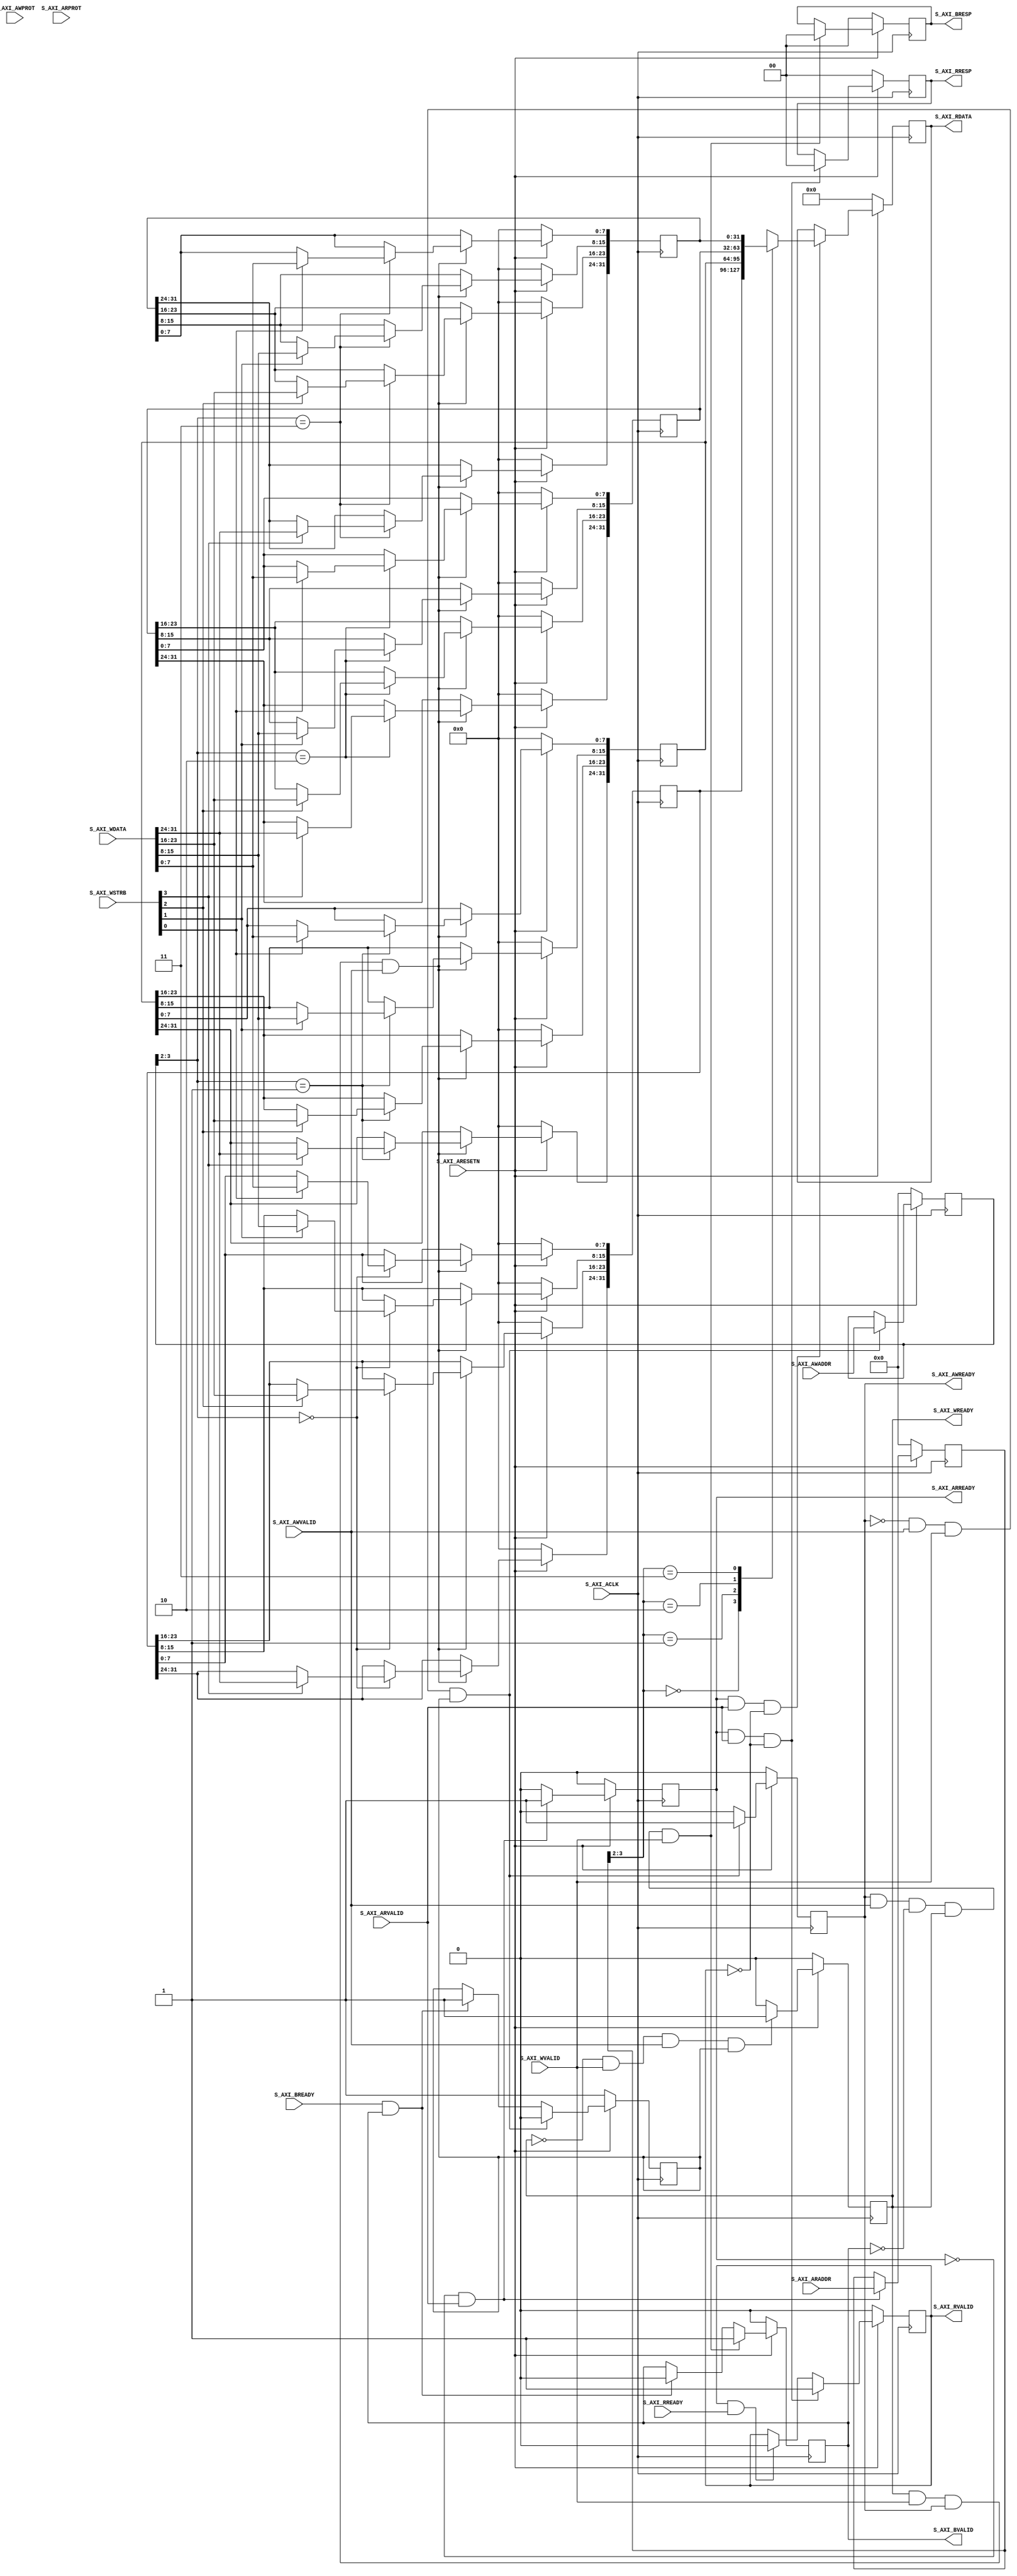
// This program was cloned from: https://github.com/whutddk/RiftCore
// License: Apache License 2.0

/*
* @File name: axi4_lite_slave
* @Author: Ruige Lee
* @Email: wut.ruigeli@gmail.com
* @Date:   2020-11-24 11:52:09
* @Last Modified by:   Ruige Lee
* @Last Modified time: 2020-11-24 11:52:32
*/


`timescale 1 ns / 1 ps

module axi4_lite_slave #
	(
		// Users to add parameters here

		// User parameters ends
		// Do not modify the parameters beyond this line

		// Width of S_AXI data bus
		parameter integer C_S_AXI_DATA_WIDTH	= 32,
		// Width of S_AXI address bus
		parameter integer C_S_AXI_ADDR_WIDTH	= 4
	)
	(
		// Users to add ports here

		// User ports ends
		// Do not modify the ports beyond this line

		// Global Clock Signal
		input wire  S_AXI_ACLK,
		// Global Reset Signal. This Signal is Active LOW
		input wire  S_AXI_ARESETN,
		// Write address (issued by master, acceped by Slave)
		input wire [C_S_AXI_ADDR_WIDTH-1 : 0] S_AXI_AWADDR,
		// Write channel Protection type. This signal indicates the
			// privilege and security level of the transaction, and whether
			// the transaction is a data access or an instruction access.
		input wire [2 : 0] S_AXI_AWPROT,
		// Write address valid. This signal indicates that the master signaling
			// valid write address and control information.
		input wire  S_AXI_AWVALID,
		// Write address ready. This signal indicates that the slave is ready
			// to accept an address and associated control signals.
		output wire  S_AXI_AWREADY,
		// Write data (issued by master, acceped by Slave) 
		input wire [C_S_AXI_DATA_WIDTH-1 : 0] S_AXI_WDATA,
		// Write strobes. This signal indicates which byte lanes hold
			// valid data. There is one write strobe bit for each eight
			// bits of the write data bus.    
		input wire [(C_S_AXI_DATA_WIDTH/8)-1 : 0] S_AXI_WSTRB,
		// Write valid. This signal indicates that valid write
			// data and strobes are available.
		input wire  S_AXI_WVALID,
		// Write ready. This signal indicates that the slave
			// can accept the write data.
		output wire  S_AXI_WREADY,
		// Write response. This signal indicates the status
			// of the write transaction.
		output wire [1 : 0] S_AXI_BRESP,
		// Write response valid. This signal indicates that the channel
			// is signaling a valid write response.
		output wire  S_AXI_BVALID,
		// Response ready. This signal indicates that the master
			// can accept a write response.
		input wire  S_AXI_BREADY,
		// Read address (issued by master, acceped by Slave)
		input wire [C_S_AXI_ADDR_WIDTH-1 : 0] S_AXI_ARADDR,
		// Protection type. This signal indicates the privilege
			// and security level of the transaction, and whether the
			// transaction is a data access or an instruction access.
		input wire [2 : 0] S_AXI_ARPROT,
		// Read address valid. This signal indicates that the channel
			// is signaling valid read address and control information.
		input wire  S_AXI_ARVALID,
		// Read address ready. This signal indicates that the slave is
			// ready to accept an address and associated control signals.
		output wire  S_AXI_ARREADY,
		// Read data (issued by slave)
		output wire [C_S_AXI_DATA_WIDTH-1 : 0] S_AXI_RDATA,
		// Read response. This signal indicates the status of the
			// read transfer.
		output wire [1 : 0] S_AXI_RRESP,
		// Read valid. This signal indicates that the channel is
			// signaling the required read data.
		output wire  S_AXI_RVALID,
		// Read ready. This signal indicates that the master can
			// accept the read data and response information.
		input wire  S_AXI_RREADY
	);

	// AXI4LITE signals
	reg [C_S_AXI_ADDR_WIDTH-1 : 0] 	axi_awaddr;
	reg  	axi_awready;
	reg  	axi_wready;
	reg [1 : 0] 	axi_bresp;
	reg  	axi_bvalid;
	reg [C_S_AXI_ADDR_WIDTH-1 : 0] 	axi_araddr;
	reg  	axi_arready;
	reg [C_S_AXI_DATA_WIDTH-1 : 0] 	axi_rdata;
	reg [1 : 0] 	axi_rresp;
	reg  	axi_rvalid;

	// Example-specific design signals
	// local parameter for addressing 32 bit / 64 bit C_S_AXI_DATA_WIDTH
	// ADDR_LSB is used for addressing 32/64 bit registers/memories
	// ADDR_LSB = 2 for 32 bits (n downto 2)
	// ADDR_LSB = 3 for 64 bits (n downto 3)
	localparam integer ADDR_LSB = (C_S_AXI_DATA_WIDTH/32) + 1;
	localparam integer OPT_MEM_ADDR_BITS = 1;
	//----------------------------------------------
	//-- Signals for user logic register space example
	//------------------------------------------------
	//-- Number of Slave Registers 4
	reg [C_S_AXI_DATA_WIDTH-1:0]	slv_reg0;
	reg [C_S_AXI_DATA_WIDTH-1:0]	slv_reg1;
	reg [C_S_AXI_DATA_WIDTH-1:0]	slv_reg2;
	reg [C_S_AXI_DATA_WIDTH-1:0]	slv_reg3;
	wire	 slv_reg_rden;
	wire	 slv_reg_wren;
	reg [C_S_AXI_DATA_WIDTH-1:0]	 reg_data_out;
	integer	 byte_index;
	reg	 aw_en;

	// I/O Connections assignments

	assign S_AXI_AWREADY	= axi_awready;
	assign S_AXI_WREADY	= axi_wready;
	assign S_AXI_BRESP	= axi_bresp;
	assign S_AXI_BVALID	= axi_bvalid;
	assign S_AXI_ARREADY	= axi_arready;
	assign S_AXI_RDATA	= axi_rdata;
	assign S_AXI_RRESP	= axi_rresp;
	assign S_AXI_RVALID	= axi_rvalid;
	// Implement axi_awready generation
	// axi_awready is asserted for one S_AXI_ACLK clock cycle when both
	// S_AXI_AWVALID and S_AXI_WVALID are asserted. axi_awready is
	// de-asserted when reset is low.

	always @( posedge S_AXI_ACLK )
	begin
	  if ( S_AXI_ARESETN == 1'b0 )
		begin
		  axi_awready <= 1'b0;
		  aw_en <= 1'b1;
		end 
	  else
		begin    
		  if (~axi_awready && S_AXI_AWVALID && S_AXI_WVALID && aw_en)
			begin
			  // slave is ready to accept write address when 
			  // there is a valid write address and write data
			  // on the write address and data bus. This design 
			  // expects no outstanding transactions. 
			  axi_awready <= 1'b1;
			  aw_en <= 1'b0;
			end
			else if (S_AXI_BREADY && axi_bvalid)
				begin
				  aw_en <= 1'b1;
				  axi_awready <= 1'b0;
				end
		  else           
			begin
			  axi_awready <= 1'b0;
			end
		end 
	end       

	// Implement axi_awaddr latching
	// This process is used to latch the address when both 
	// S_AXI_AWVALID and S_AXI_WVALID are valid. 

	always @( posedge S_AXI_ACLK )
	begin
	  if ( S_AXI_ARESETN == 1'b0 )
		begin
		  axi_awaddr <= 0;
		end 
	  else
		begin    
		  if (~axi_awready && S_AXI_AWVALID && S_AXI_WVALID && aw_en)
			begin
			  // Write Address latching 
			  axi_awaddr <= S_AXI_AWADDR;
			end
		end 
	end       

	// Implement axi_wready generation
	// axi_wready is asserted for one S_AXI_ACLK clock cycle when both
	// S_AXI_AWVALID and S_AXI_WVALID are asserted. axi_wready is 
	// de-asserted when reset is low. 

	always @( posedge S_AXI_ACLK )
	begin
	  if ( S_AXI_ARESETN == 1'b0 )
		begin
		  axi_wready <= 1'b0;
		end 
	  else
		begin    
		  if (~axi_wready && S_AXI_WVALID && S_AXI_AWVALID && aw_en )
			begin
			  // slave is ready to accept write data when 
			  // there is a valid write address and write data
			  // on the write address and data bus. This design 
			  // expects no outstanding transactions. 
			  axi_wready <= 1'b1;
			end
		  else
			begin
			  axi_wready <= 1'b0;
			end
		end 
	end       

	// Implement memory mapped register select and write logic generation
	// The write data is accepted and written to memory mapped registers when
	// axi_awready, S_AXI_WVALID, axi_wready and S_AXI_WVALID are asserted. Write strobes are used to
	// select byte enables of slave registers while writing.
	// These registers are cleared when reset (active low) is applied.
	// Slave register write enable is asserted when valid address and data are available
	// and the slave is ready to accept the write address and write data.
	assign slv_reg_wren = axi_wready && S_AXI_WVALID && axi_awready && S_AXI_AWVALID;

	always @( posedge S_AXI_ACLK )
	begin
	  if ( S_AXI_ARESETN == 1'b0 )
		begin
		  slv_reg0 <= 0;
		  slv_reg1 <= 0;
		  slv_reg2 <= 0;
		  slv_reg3 <= 0;
		end 
	  else begin
		if (slv_reg_wren)
		  begin
			case ( axi_awaddr[ADDR_LSB+OPT_MEM_ADDR_BITS:ADDR_LSB] )
			  2'h0:
				for ( byte_index = 0; byte_index <= (C_S_AXI_DATA_WIDTH/8)-1; byte_index = byte_index+1 )
				  if ( S_AXI_WSTRB[byte_index] == 1 ) begin
					// Respective byte enables are asserted as per write strobes 
					// Slave register 0
					slv_reg0[(byte_index*8) +: 8] <= S_AXI_WDATA[(byte_index*8) +: 8];
				  end  
			  2'h1:
				for ( byte_index = 0; byte_index <= (C_S_AXI_DATA_WIDTH/8)-1; byte_index = byte_index+1 )
				  if ( S_AXI_WSTRB[byte_index] == 1 ) begin
					// Respective byte enables are asserted as per write strobes 
					// Slave register 1
					slv_reg1[(byte_index*8) +: 8] <= S_AXI_WDATA[(byte_index*8) +: 8];
				  end  
			  2'h2:
				for ( byte_index = 0; byte_index <= (C_S_AXI_DATA_WIDTH/8)-1; byte_index = byte_index+1 )
				  if ( S_AXI_WSTRB[byte_index] == 1 ) begin
					// Respective byte enables are asserted as per write strobes 
					// Slave register 2
					slv_reg2[(byte_index*8) +: 8] <= S_AXI_WDATA[(byte_index*8) +: 8];
				  end  
			  2'h3:
				for ( byte_index = 0; byte_index <= (C_S_AXI_DATA_WIDTH/8)-1; byte_index = byte_index+1 )
				  if ( S_AXI_WSTRB[byte_index] == 1 ) begin
					// Respective byte enables are asserted as per write strobes 
					// Slave register 3
					slv_reg3[(byte_index*8) +: 8] <= S_AXI_WDATA[(byte_index*8) +: 8];
				  end  
			  default : begin
						  slv_reg0 <= slv_reg0;
						  slv_reg1 <= slv_reg1;
						  slv_reg2 <= slv_reg2;
						  slv_reg3 <= slv_reg3;
						end
			endcase
		  end
	  end
	end    

	// Implement write response logic generation
	// The write response and response valid signals are asserted by the slave 
	// when axi_wready, S_AXI_WVALID, axi_wready and S_AXI_WVALID are asserted.  
	// This marks the acceptance of address and indicates the status of 
	// write transaction.

	always @( posedge S_AXI_ACLK )
	begin
	  if ( S_AXI_ARESETN == 1'b0 )
		begin
		  axi_bvalid  <= 0;
		  axi_bresp   <= 2'b0;
		end 
	  else
		begin    
		  if (axi_awready && S_AXI_AWVALID && ~axi_bvalid && axi_wready && S_AXI_WVALID)
			begin
			  // indicates a valid write response is available
			  axi_bvalid <= 1'b1;
			  axi_bresp  <= 2'b0; // 'OKAY' response 
			end                   // work error responses in future
		  else
			begin
			  if (S_AXI_BREADY && axi_bvalid) 
				//check if bready is asserted while bvalid is high) 
				//(there is a possibility that bready is always asserted high)   
				begin
				  axi_bvalid <= 1'b0; 
				end  
			end
		end
	end   

	// Implement axi_arready generation
	// axi_arready is asserted for one S_AXI_ACLK clock cycle when
	// S_AXI_ARVALID is asserted. axi_awready is 
	// de-asserted when reset (active low) is asserted. 
	// The read address is also latched when S_AXI_ARVALID is 
	// asserted. axi_araddr is reset to zero on reset assertion.

	always @( posedge S_AXI_ACLK )
	begin
	  if ( S_AXI_ARESETN == 1'b0 )
		begin
		  axi_arready <= 1'b0;
		  axi_araddr  <= 32'b0;
		end 
	  else
		begin    
		  if (~axi_arready && S_AXI_ARVALID)
			begin
			  // indicates that the slave has acceped the valid read address
			  axi_arready <= 1'b1;
			  // Read address latching
			  axi_araddr  <= S_AXI_ARADDR;
			end
		  else
			begin
			  axi_arready <= 1'b0;
			end
		end 
	end       

	// Implement axi_arvalid generation
	// axi_rvalid is asserted for one S_AXI_ACLK clock cycle when both 
	// S_AXI_ARVALID and axi_arready are asserted. The slave registers 
	// data are available on the axi_rdata bus at this instance. The 
	// assertion of axi_rvalid marks the validity of read data on the 
	// bus and axi_rresp indicates the status of read transaction.axi_rvalid 
	// is deasserted on reset (active low). axi_rresp and axi_rdata are 
	// cleared to zero on reset (active low).  
	always @( posedge S_AXI_ACLK )
	begin
	  if ( S_AXI_ARESETN == 1'b0 )
		begin
		  axi_rvalid <= 0;
		  axi_rresp  <= 0;
		end 
	  else
		begin    
		  if (axi_arready && S_AXI_ARVALID && ~axi_rvalid)
			begin
			  // Valid read data is available at the read data bus
			  axi_rvalid <= 1'b1;
			  axi_rresp  <= 2'b0; // 'OKAY' response
			end   
		  else if (axi_rvalid && S_AXI_RREADY)
			begin
			  // Read data is accepted by the master
			  axi_rvalid <= 1'b0;
			end                
		end
	end    

	// Implement memory mapped register select and read logic generation
	// Slave register read enable is asserted when valid address is available
	// and the slave is ready to accept the read address.
	assign slv_reg_rden = axi_arready & S_AXI_ARVALID & ~axi_rvalid;
	always @(*)
	begin
		  // Address decoding for reading registers
		  case ( axi_araddr[ADDR_LSB+OPT_MEM_ADDR_BITS:ADDR_LSB] )
			2'h0   : reg_data_out <= slv_reg0;
			2'h1   : reg_data_out <= slv_reg1;
			2'h2   : reg_data_out <= slv_reg2;
			2'h3   : reg_data_out <= slv_reg3;
			default : reg_data_out <= 0;
		  endcase
	end

	// Output register or memory read data
	always @( posedge S_AXI_ACLK )
	begin
	  if ( S_AXI_ARESETN == 1'b0 )
		begin
		  axi_rdata  <= 0;
		end 
	  else
		begin    
		  // When there is a valid read address (S_AXI_ARVALID) with 
		  // acceptance of read address by the slave (axi_arready), 
		  // output the read dada 
		  if (slv_reg_rden)
			begin
			  axi_rdata <= reg_data_out;     // register read data
			end   
		end
	end    

	// Add user logic here

	// User logic ends

	endmodule